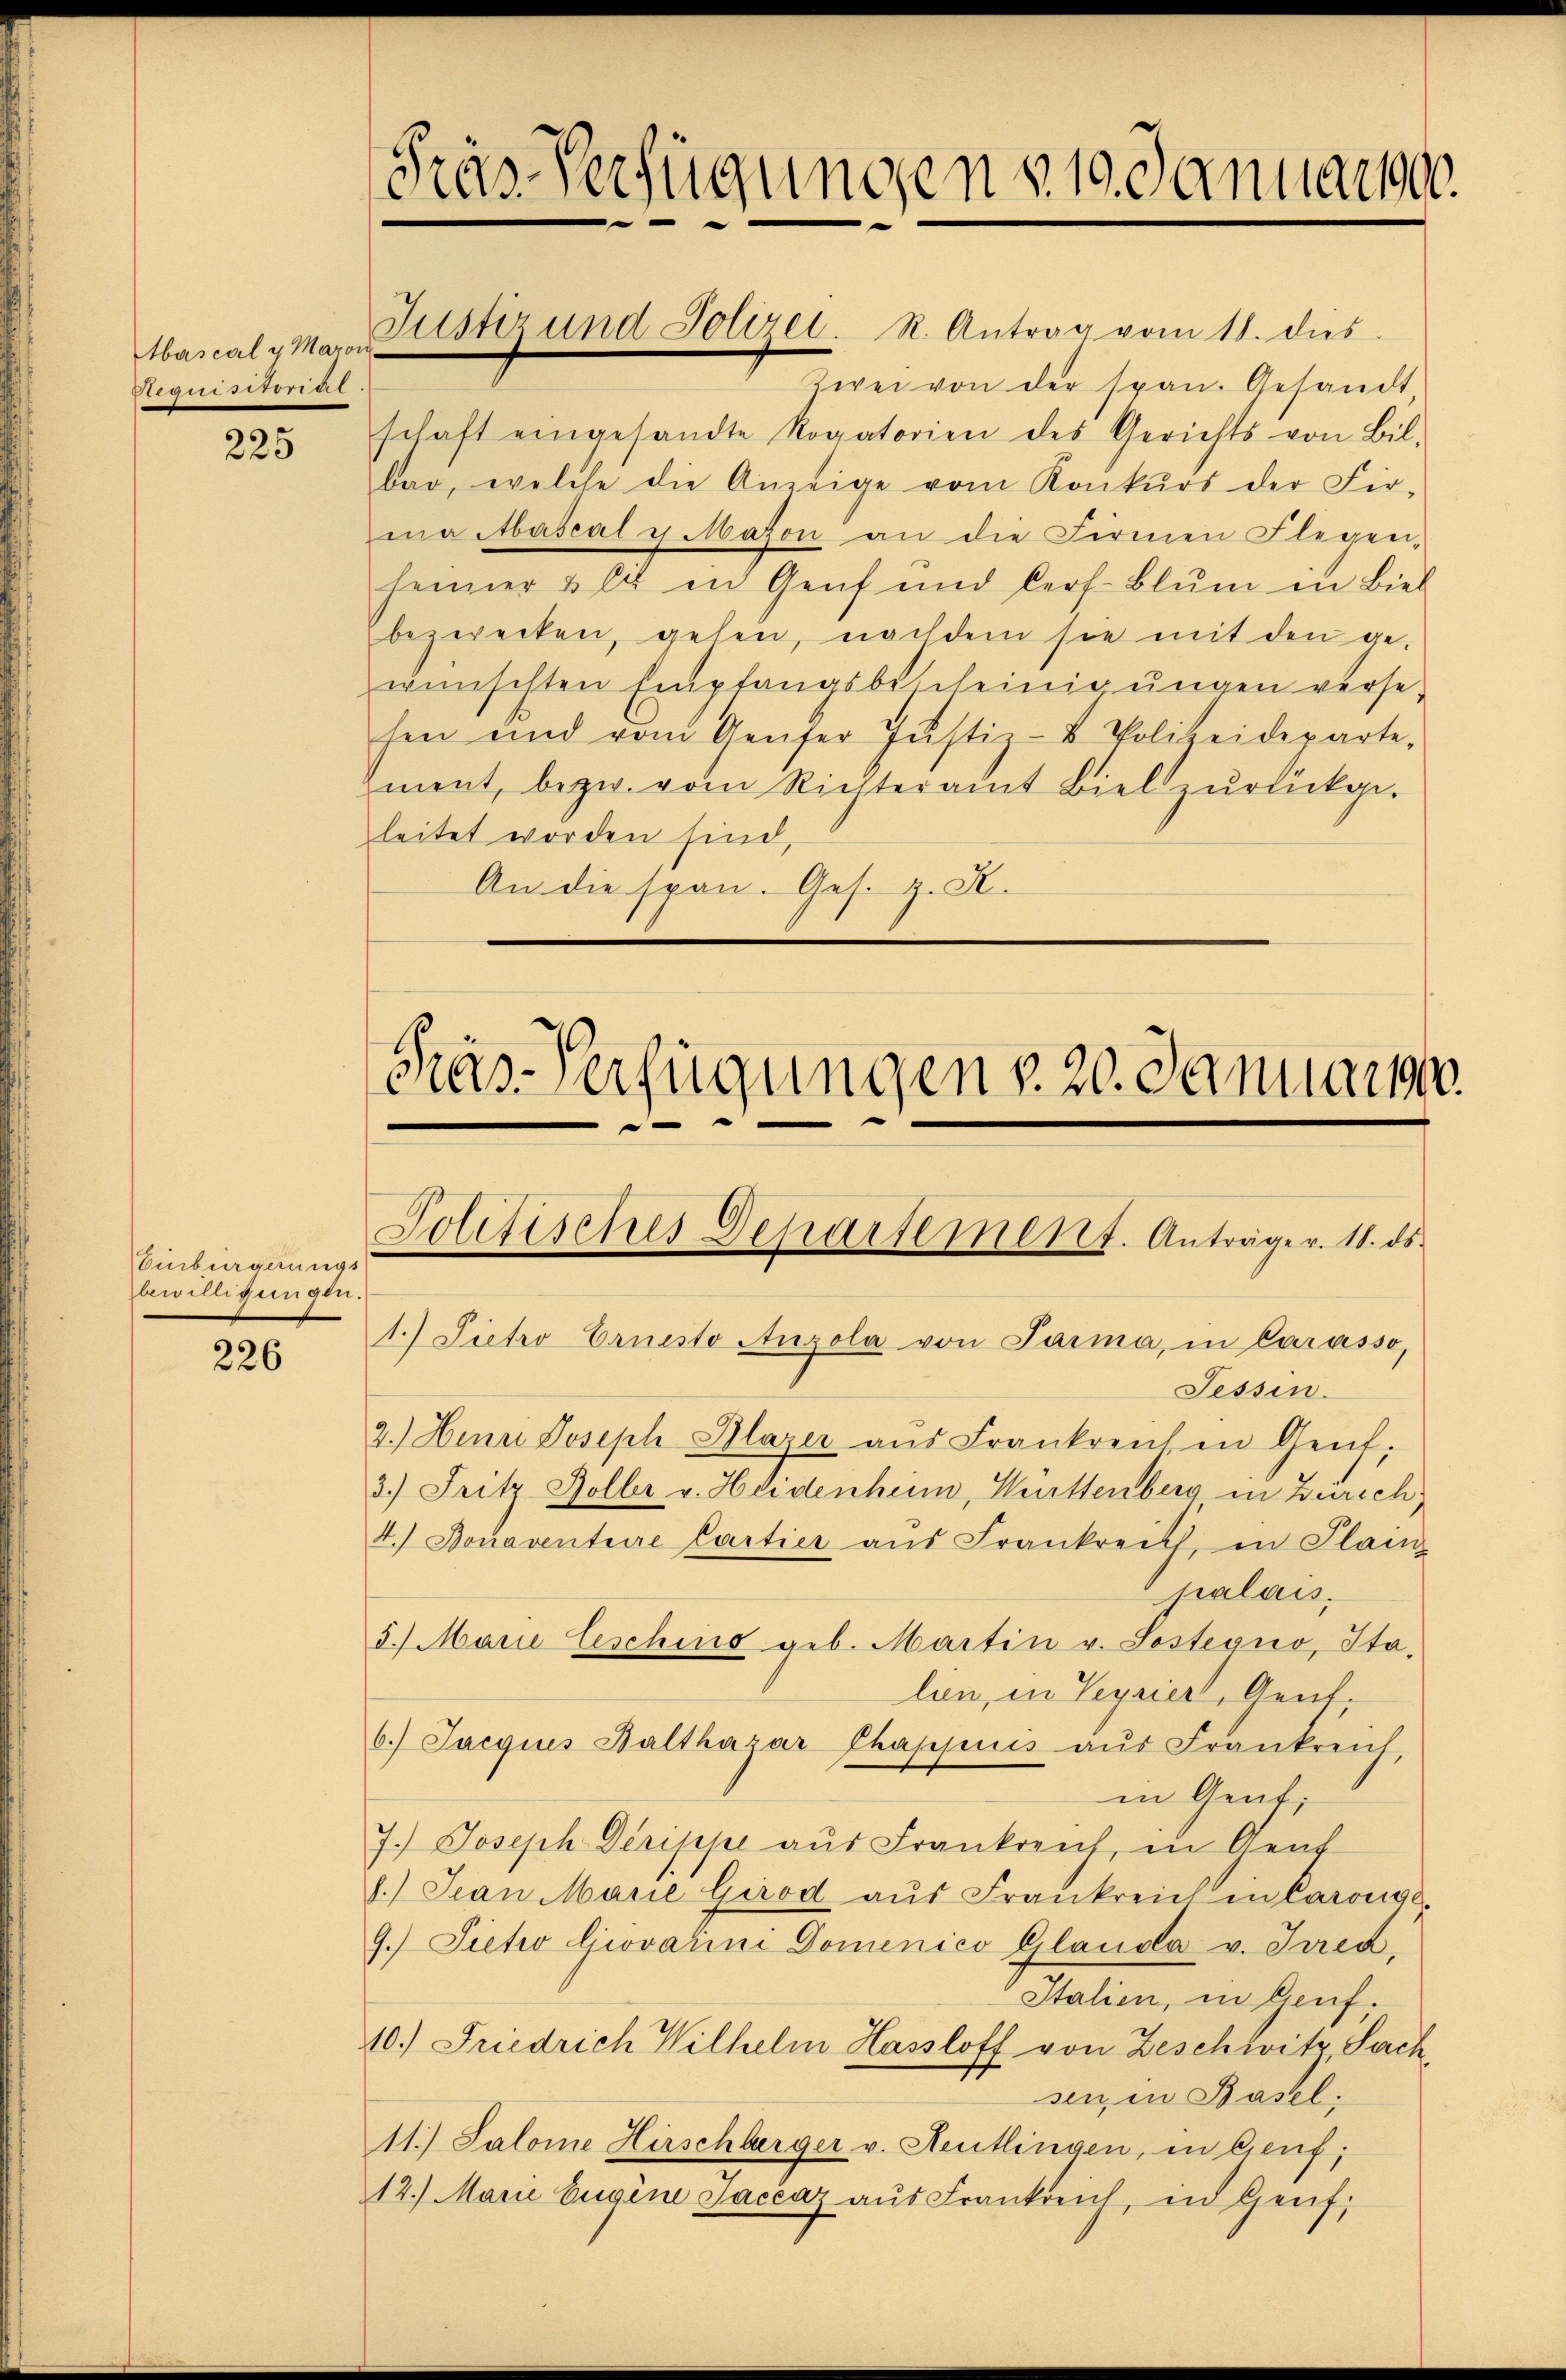
Abascal v. Maron
Requisirint.

225

Einbürgerungs
bewilligungen.

226

Fräs. Verfügungen 31. Januarpe

Justiz und Polizei. R. Antrag vom 18. dies

Pras-Verfügungen v. 20. Januar

1.) Pietro Ernesto Anzola von Parma, in Carasso,
Fessen.
2.) Henri Joseph Plazer aŭs Frankreich in Genf,
3.) Fritz Doller v. Heidenhum, Muttenberg in Zürich,
4.) Donaventaire Cartier ans Frankreist, in Plan

palais.
5.) Marie lesching geb. Martin v. Sostegno, Itolen, in Teyrier, Gent.
6.) Jacquis Balthasar Chapjuis aŭs Frankreich,
in Gent;
7.) Joseph Dérippe aus Frankreut, in Graf
.) Jean Marie Girod aŭs Frankreich in Carouge-
9.) Dietwo Giovanni Domenico Glanda v. Inea,
Italien, in Genf.
10.) Friedrich Wilhelm Hassloff von Beschwitz, Sach
sen in Basel:
11.) Salome Hirschberger v. Aeutlingen, in Genf;
12.) Marie Eugene Saccaz aus Frankreich, in Genf,

Politisches Departement. Anträger. 11. ds.

Zwei von der span. Gesandt,
schaft eingesandte Rogatorien des Gerichts von Bil-
bar, welche die Anzeige vom Konkŭrs der Fir-
ma Aascal u. Maion an die Firmen Flegen-
heimer & lit in Genf und Cerf-Blŭm in Biel
bezwecken, gehen, nachdem sie mit den ge-
wünschten Empfangsbescheinig ungen versehen und vom Genfer Justiz- & Polizeideparte,
ment, bezw. vom Richteramt Biel zurückgeleitet worden sind,
An die span. Ges. z. K.